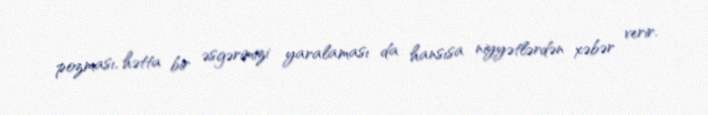
pozması, hətta bir əsgərimizi yaralaması da hansısa niyyətlərdən xəbər verir.